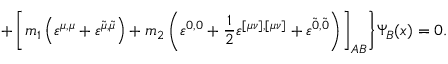
+ \left[ m _ { 1 } \left( \varepsilon ^ { \mu , \mu } + \varepsilon ^ { \widetilde { \mu } , \widetilde { \mu } } \right) + m _ { 2 } \left( \varepsilon ^ { 0 , 0 } + \frac 1 2 \varepsilon ^ { [ \mu \nu ] , [ \mu \nu ] } + \varepsilon ^ { \widetilde { 0 } , \widetilde { 0 } } \right) \right] _ { A B } \biggr \} \Psi _ { B } ( x ) = 0 .